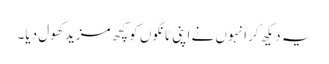
یہ دیکھ کر انہوں نے اپنی ٹانگوں کو کچھ مزید کھول دیا۔